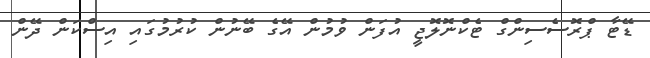
ޑޭޓާ ޕްރޮސެސިންގް ޓެކްނޮލޮޖީ އުފަން ވުމުން އޭގެ ބޭނުން ކުރުމުގައި އިސްކަން ދޭން